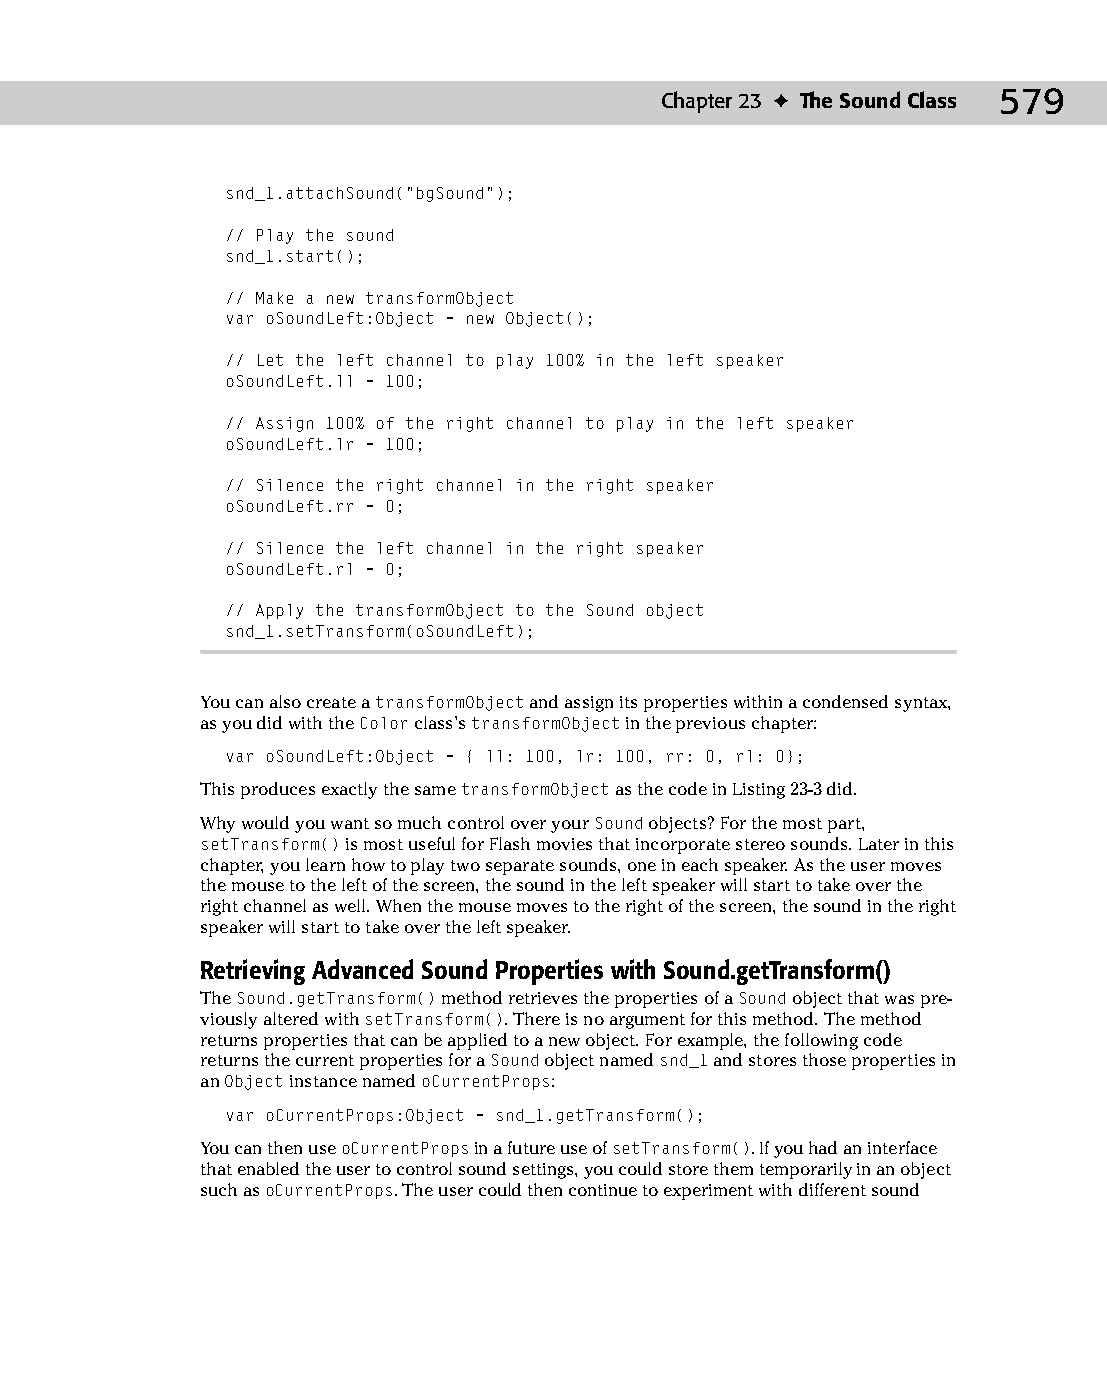
30 543547 ch23.qxd 3/24/04 4:09 PM Page 579
 Chapter 23 ✦ The Sound Class 579
 snd_1.attachSound(“bgSound”);
 // Play the sound
 snd_1.start();
 // Make a new transformObject
 var oSoundLeft:Object = new Object();
 // Let the left channel to play 100% in the left speaker
 oSoundLeft.ll = 100;
 // Assign 100% of the right channel to play in the left speaker
 oSoundLeft.lr = 100;
 // Silence the right channel in the right speaker
 oSoundLeft.rr = 0;
 // Silence the left channel in the right speaker
 oSoundLeft.rl = 0;
 // Apply the transformObject to the Sound object
 snd_1.setTransform(oSoundLeft);
 You can also create a transformObject and assign its properties within a condensed syntax,
 as you did with the Color class’s transformObject in the previous chapter:
 var oSoundLeft:Object = { ll: 100, lr: 100, rr: 0, rl: 0};
 This produces exactly the same transformObject as the code in Listing 23-3 did.
 Why would you want so much control over your Sound objects? For the most part,
 setTransform() is most useful for Flash movies that incorporate stereo sounds. Later in this
 chapter, you learn how to play two separate sounds, one in each speaker. As the user moves
 the mouse to the left of the screen, the sound in the left speaker will start to take over the
 right channel as well. When the mouse moves to the right of the screen, the sound in the right
 speaker will start to take over the left speaker.
 Retrieving Advanced Sound Properties with Sound.getTransform()
 The Sound.getTransform() method retrieves the properties of a Sound object that was pre­
 viously altered with setTransform(). There is no argument for this method. The method
 returns properties that can be applied to a new object. For example, the following code
 returns the current properties for a Sound object named snd_1 and stores those properties in
 an Object instance named oCurrentProps:
 var oCurrentProps:Object = snd_1.getTransform();
 You can then use oCurrentProps in a future use of setTransform(). If you had an interface
 that enabled the user to control sound settings, you could store them temporarily in an object
 such as oCurrentProps. The user could then continue to experiment with different sound